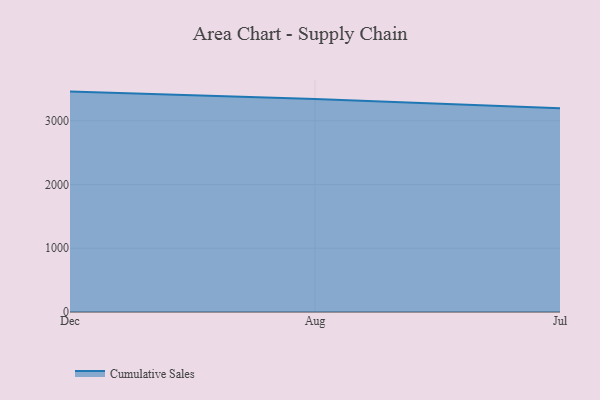
{"axis": {"x": "Month", "y": "Page Views"}, "legend": ["Cumulative Sales"], "data": [{"x": "Dec", "y": 3457.7, "type": "Cumulative Sales"}, {"x": "Aug", "y": 3343.2, "type": "Cumulative Sales"}, {"x": "Jul", "y": 3197.2, "type": "Cumulative Sales"}]}